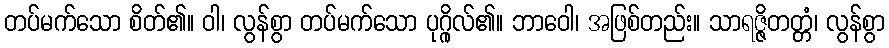
တပ်မက်သော စိတ်၏။ ဝါ၊ လွန်စွာ တပ်မက်သော ပုဂ္ဂိုလ်၏။ ဘာဝေါ၊ အဖြစ်တည်း။ သာရဇ္ဇိတတ္တံ၊ လွန်စွာ